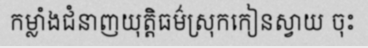
កម្លាំងជំនាញយុត្តិធម៌ស្រុកកៀនស្វាយ ចុះ